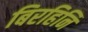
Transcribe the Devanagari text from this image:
बिरहिनि